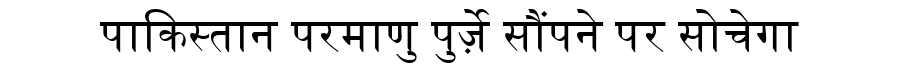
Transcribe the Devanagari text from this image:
पाकिस्तान परमाणु पुर्ज़े सौंपने पर सोचेगा